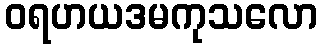
ဝရဟယဒမကုသလော